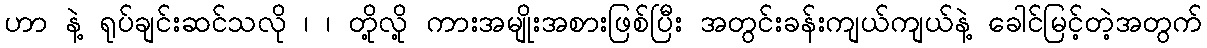
ဟာ နဲ့ ရုပ်ချင်းဆင်သလို ၊ ၊ တို့လို့ ကားအမျိုးအစားဖြစ်ပြီး အတွင်းခန်းကျယ်ကျယ်နဲ့ ခေါင်မြင့်တဲ့အတွက်